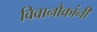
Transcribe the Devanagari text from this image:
विवानौकांनी